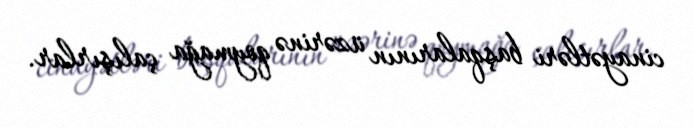
cinayətləri başqalarının üzərinə qoymağa çalışırlar.